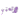
لاتعني